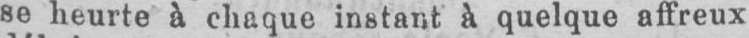
se heurte à chaque instant a quelque affreux